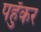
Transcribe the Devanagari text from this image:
पहुँकर